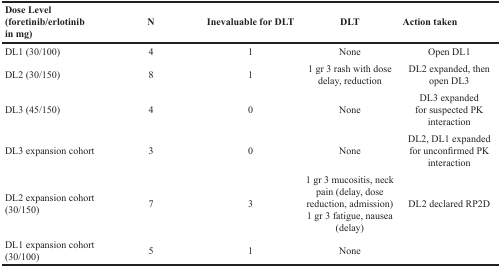
<table><thead><tr><td><b>Dose Level(foretinib/erlotinib in mg)</b></td><td><b>N</b></td><td><b>Inevaluable for DLT</b></td><td><b>DLT</b></td><td><b>Action taken</b></td></tr></thead><tbody><tr><td>DL1 (30/100)</td><td>4</td><td>1</td><td>None</td><td>Open DL1</td></tr><tr><td>DL2 (30/150)</td><td>8</td><td>1</td><td>1 gr 3 rash with dose delay, reduction</td><td>DL2 expanded, then open DL3</td></tr><tr><td>DL3 (45/150)</td><td>4</td><td>0</td><td>None</td><td>DL3 expanded for suspected PK interaction</td></tr><tr><td>DL3 expansion cohort</td><td>3</td><td>0</td><td>None</td><td>DL2, DL1 expanded for unconfirmed PK interaction</td></tr><tr><td>DL2 expansion cohort (30/150)</td><td>7</td><td>3</td><td>1 gr 3 mucositis, neck pain (delay, dose reduction, admission)1 gr 3 fatigue, nausea (delay)</td><td>DL2 declared RP2D</td></tr><tr><td>DL1 expansion cohort (30/100)</td><td>5</td><td>1</td><td>None</td><td></td></tr></tbody></table>